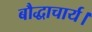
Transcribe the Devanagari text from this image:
बौद्धाचार्य।